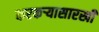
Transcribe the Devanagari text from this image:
करकऱ्यासारखी